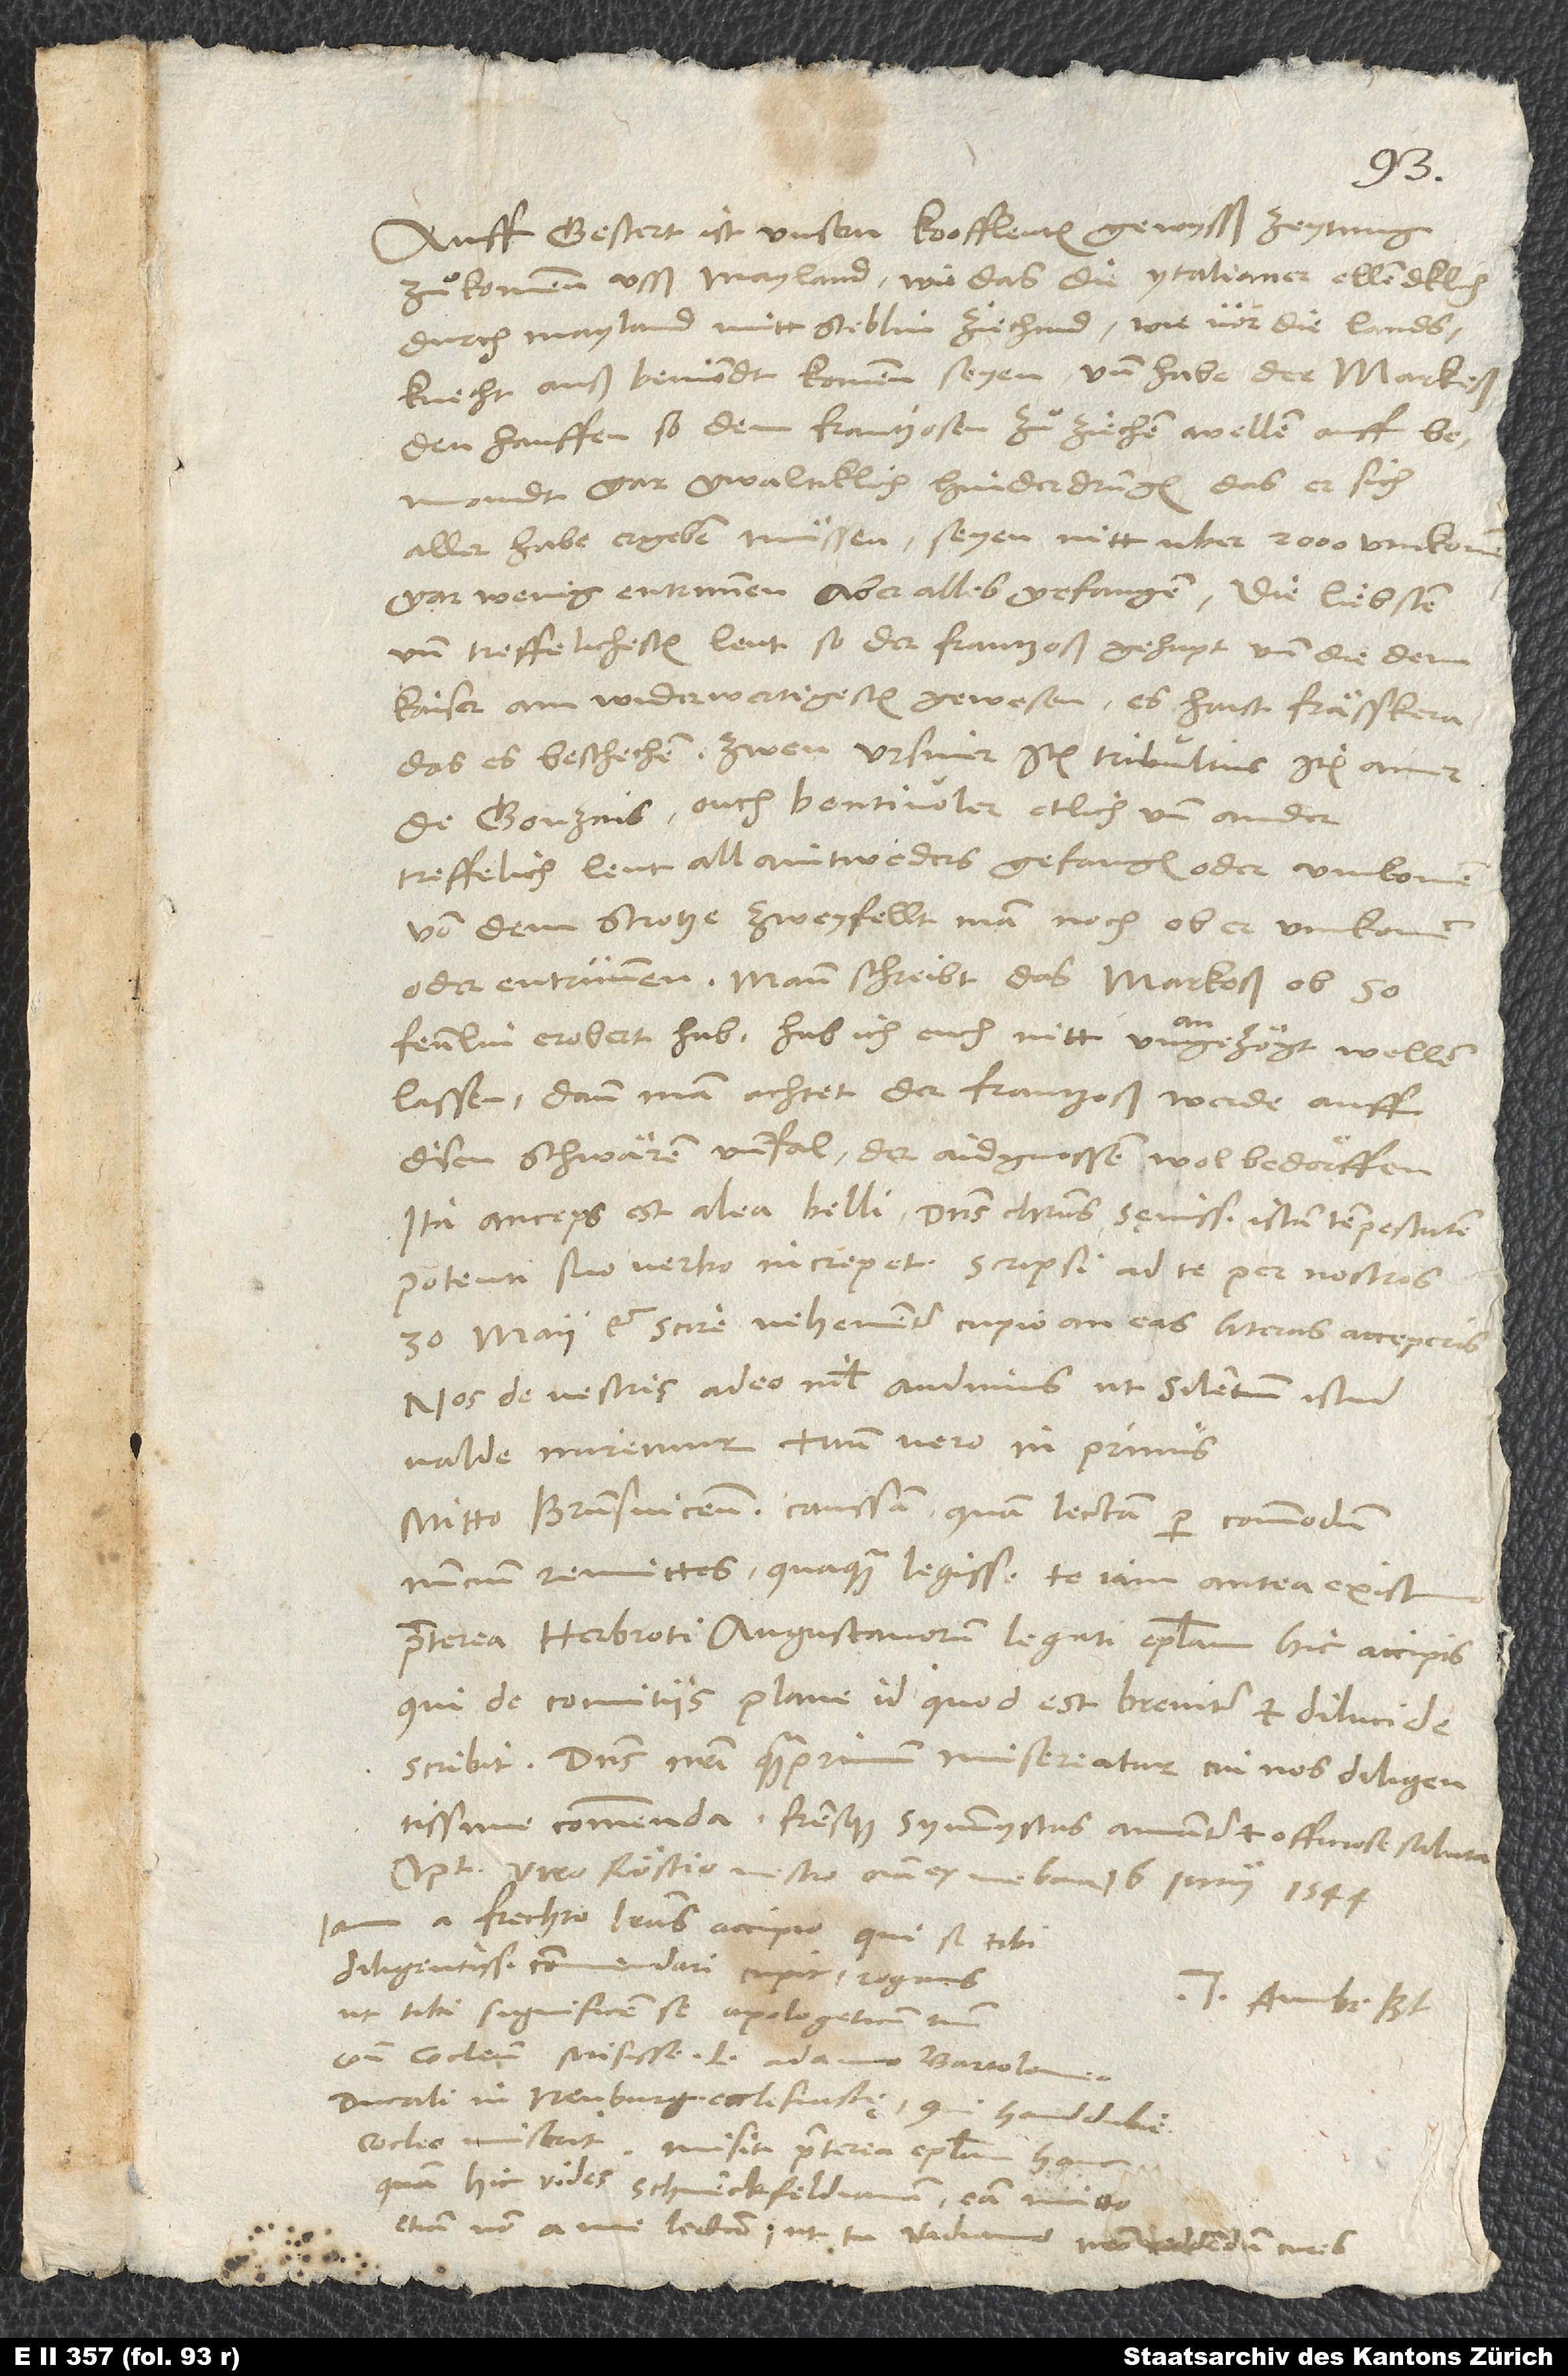
d.
Auff gestert ist unsern kooffleuten gewysß zeytung
zuͦkommen usß Mayland, wie das die Ytalianer ellendklich
durch Mayland mitt steblin ziechind, wie vor die landsknecht
auß Bemondt kommen seyen, und habe der markeß
den hauffen, so dem Frantzosen zuͦ ziechen wellen auff
Bemondt, gar gewaltiklich hinderdrungen, das er sich
aller habe ergeben müssen; seyen nitt uber 2000 umkomen,
gar wenig entrunnen, aber alles gefangen, die liebsten
und treffelichesten leut, so der Frantzoß gehapt und die dem
kaiser am widerwertigesten gewesen. Es haist Frässkera,
das es beschechen. Zwen Ursiner, item Tribultius, item ainer
de Gonzais, ouch Bentivoler etlich und ander
treffelich leut, all aintweders gefangen oder umkomen;
von dem Strotze zweyfellt man noch, ob er umkomen
oder entrunnen. Mann schreibt, das markeß ob 50
lassen; dann man achtet, der Frantzoß werde auff
disen schwären unnfal der aidgnossen wol bedörffen.
Ita anceps est alea belli. Dominus Christus sęvissimam istam tempestatem
30. maii et scire vehementer cupio, an eas literas acceperis.
Nos de vestris adeo nihil audimus, ut silentium istud
valde miremur, tuum vero in primis.
Mitto Brunsvicensem caussam, quam lectam per commodum
nuncium remittes, quamquam legisse te iam antea existimo.
Praeterea Herbroti, Augustanorum legati, epistolam hic accipis,
qui de comitiis plane id, quod est, breviter et dilucide
Dominus nostri quam primum misereatur, cui nos diligentissime
commenda fratresque symmystas amanter et officiose saluta.
Optimo viro Röstio vestro omnia ex me bona. 16. iunii 1544.
Iam a Frechto literas accipio, qui se tibi
diligentissime commendari cupit rogans,
Tuus Ambr. Bl.
ut tibi significem se apologeticum tuum
contra Cocleum misisse L. Adamo Bartolomeo,
ducali in Neuburg ecclesiastę, qui haud dubie
Cocleo miserit. Misit praeterea epistolam hanc,
quam hic vides Schwenckfeldianam; eam mitto
etiam non a me lectam, ut tu Vadiano nostro reddendum cures.